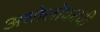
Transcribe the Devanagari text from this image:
अधोलोकाची